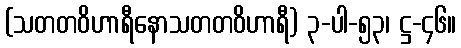
(သတတဝိဟာရီနောသတတဝိဟာရီ) ၃-ပါ-၅၃၊ ဋ္ဌ-၄၆။